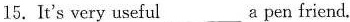
15.It's very useful___a pen friend.